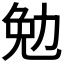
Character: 勉